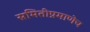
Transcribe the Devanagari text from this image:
समितीप्रमाणेच